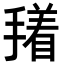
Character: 𭢑